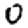
Digit: 0